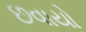
છવાયો